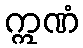
ဣဏံ